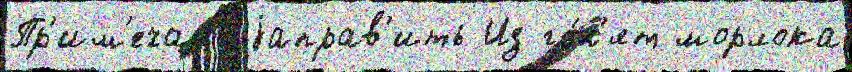
Пр'им'ечан'иjаправ'ить Из го́н'ят морлока